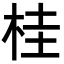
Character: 桂